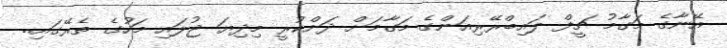
އޭނާގެ މަގާމު ޗީފް ލައިބްރޭރިއަންގެ މަގާމަށް ދަށްކުރީ މިދިޔަ ޖުލައި މަހުގެ ތެރޭގައި..